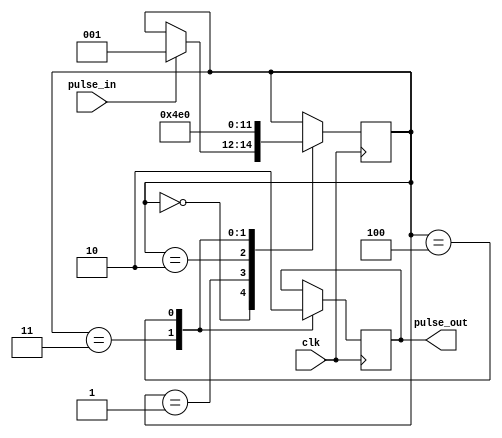
module PulseSynchronizer (
    input wire pulse_in,
    input wire clk,
    output reg pulse_out
);

reg [2:0] state;

always @(posedge clk) begin
    case(state)
        3'b000: begin
            if (pulse_in == 1'b1) begin
                state <= 3'b001;
            end
        end
        3'b001: begin
            state <= 3'b010;
        end
        3'b010: begin
            state <= 3'b011;
        end
        3'b011: begin
            state <= 3'b100;
            pulse_out <= 1'b1;
        end
        3'b100: begin
            state <= 3'b000;
            pulse_out <= 1'b0;
        end
    endcase
end

endmodule